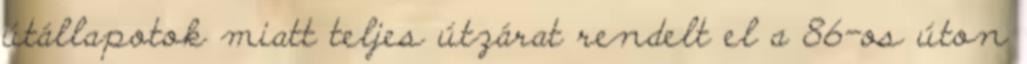
útállapotok miatt teljes útzárat rendelt el a 86-os úton